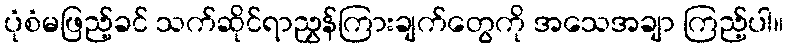
ပုံစံမဖြည့်ခင် သက်ဆိုင်ရာညွှန်ကြားချက်တွေကို အသေအချာ ကြည့်ပါ။